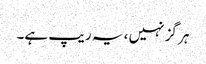
ہر گز نہیں ، یہ ریپ ہے۔